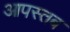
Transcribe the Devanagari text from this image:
आपस्तब